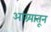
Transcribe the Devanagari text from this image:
आग्र्यातून